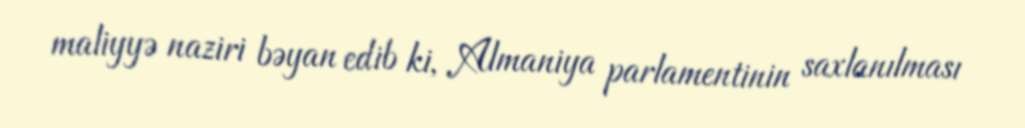
maliyyə naziri bəyan edib ki, Almaniya parlamentinin saxlanılması